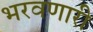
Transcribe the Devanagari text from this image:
भरवणारी